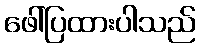
ဖေါ်ပြထားပါသည်